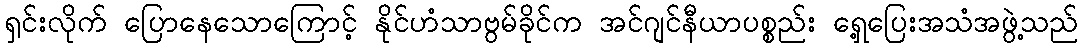
ရှင်းလိုက် ပြောနေသောကြောင့် နိုင်ဟံသာဗွမ်ခိုင်က အင်ဂျင်နီယာပစ္စည်း ရှေ့ပြေးအသံအဖွဲ့သည်